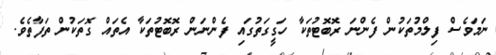
ނަމަވެސް ފިލްމުތަކުން ފެންނަ ރޮބޮޓުތަކާ ހަގީގަތުގައި ފެންނަން ރޮބޮޓުތަކާ އެތައް ގޮތަކުން ތަފާތެވެ.